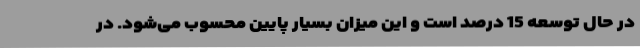
در حال توسعه 15 درصد است و این میزان بسیار پایین محسوب می‌شود. در